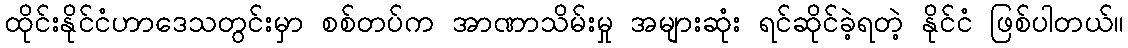
ထိုင်းနိုင်ငံဟာဒေသတွင်းမှာ စစ်တပ်က အာဏာသိမ်းမှု အများဆုံး ရင်ဆိုင်ခဲ့ရတဲ့ နိုင်ငံ ဖြစ်ပါတယ်။